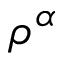
\rho ^ { \alpha }